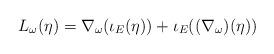
LaTeX: \begin{align*} L_{\omega}(\eta) = \nabla_{\omega}(\iota_{E} (\eta)) + \iota_{E}((\nabla_{\omega})(\eta))\end{align*}